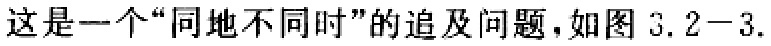
这是一个“同地不同时”的追及问题，如图 3.2−3.